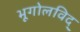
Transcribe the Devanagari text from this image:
भूगोलविद्